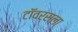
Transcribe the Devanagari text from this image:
टॉवर्सला